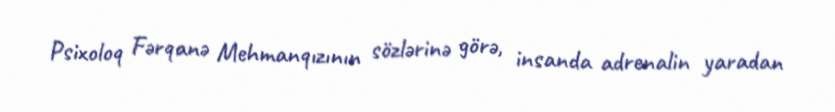
Psixoloq Fərqanə Mehmanqızının sözlərinə görə, insanda adrenalin yaradan